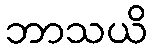
ဘာသယိ